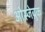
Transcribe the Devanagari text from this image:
ओस्जेब्रुक